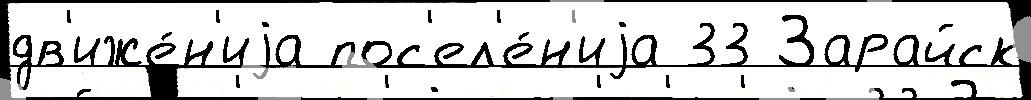
дв'иже́н'иjа пос'ел'е́н'иjа 33 Зарайск